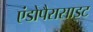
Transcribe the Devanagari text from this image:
एंडोपैरासाइट